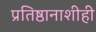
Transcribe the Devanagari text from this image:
प्रतिष्ठानाशीही